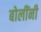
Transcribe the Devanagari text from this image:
बोलींनी